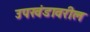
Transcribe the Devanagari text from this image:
उपखंडावरील